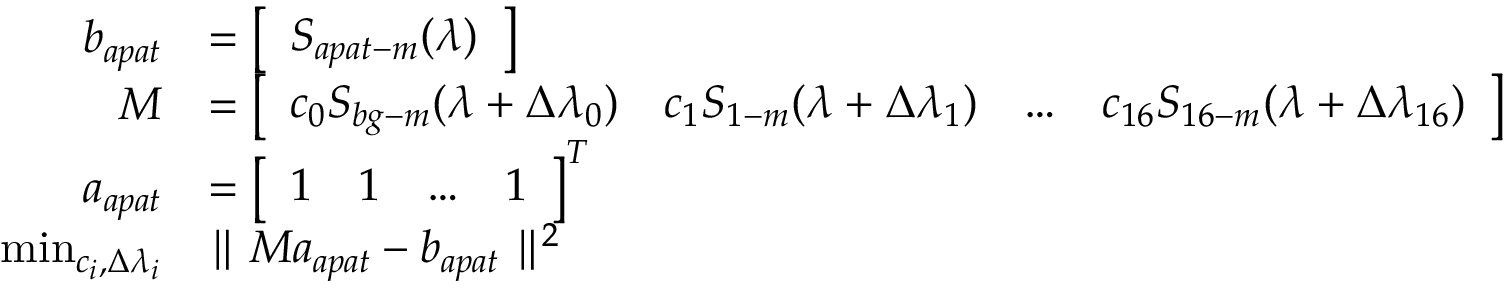
\begin{array} { r l } { b _ { a p a t } } & { = \left[ \begin{array} { l } { S _ { a p a t - m } ( \lambda ) } \end{array} \right] } \\ { M } & { = \left[ \begin{array} { l l l l } { c _ { 0 } S _ { b g - m } ( \lambda + \Delta \lambda _ { 0 } ) } & { c _ { 1 } S _ { 1 - m } ( \lambda + \Delta \lambda _ { 1 } ) } & { \ldots } & { c _ { 1 6 } S _ { 1 6 - m } ( \lambda + \Delta \lambda _ { 1 6 } ) } \end{array} \right] } \\ { a _ { a p a t } } & { = \left[ \begin{array} { l l l l } { 1 } & { 1 } & { \ldots } & { 1 } \end{array} \right] ^ { T } } \\ { \operatorname* { m i n } _ { c _ { i } , \Delta \lambda _ { i } } } & { \parallel M a _ { a p a t } - b _ { a p a t } \parallel ^ { 2 } } \end{array}